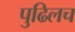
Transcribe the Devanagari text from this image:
पुढिलच